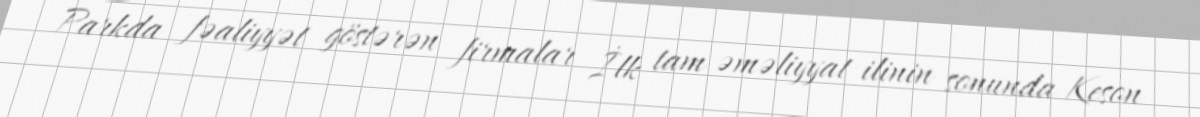
Parkda fəaliyyət göstərən firmalar İlk tam əməliyyat ilinin sonunda Keson